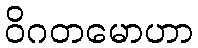
ဝိဂတမောဟာ